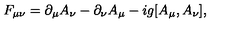
F _ { \mu \nu } = \partial _ { \mu } A _ { \nu } - \partial _ { \nu } A _ { \mu } - i g [ A _ { \mu } , A _ { \nu } ] ,